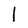
Character: l